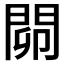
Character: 𨴅